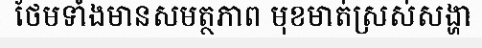
ថែមទាំងមានសមត្ថភាព មុខមាត់ស្រស់សង្ហា